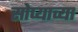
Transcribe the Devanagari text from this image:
सोप्याच्या